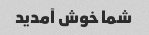
شما خوش آمدید